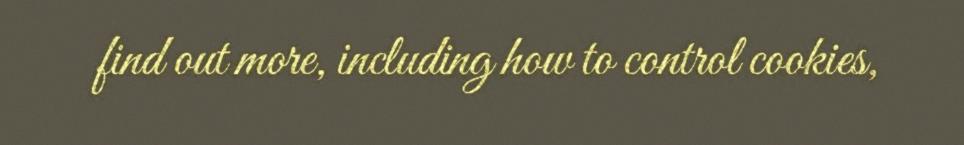
find out more, including how to control cookies,